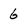
Character: 6